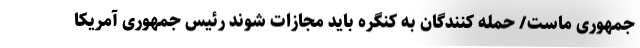
جمهوری ماست/ حمله کنندگان به کنگره باید مجازات شوند رئیس جمهوری آمریکا